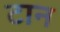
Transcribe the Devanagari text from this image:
टान